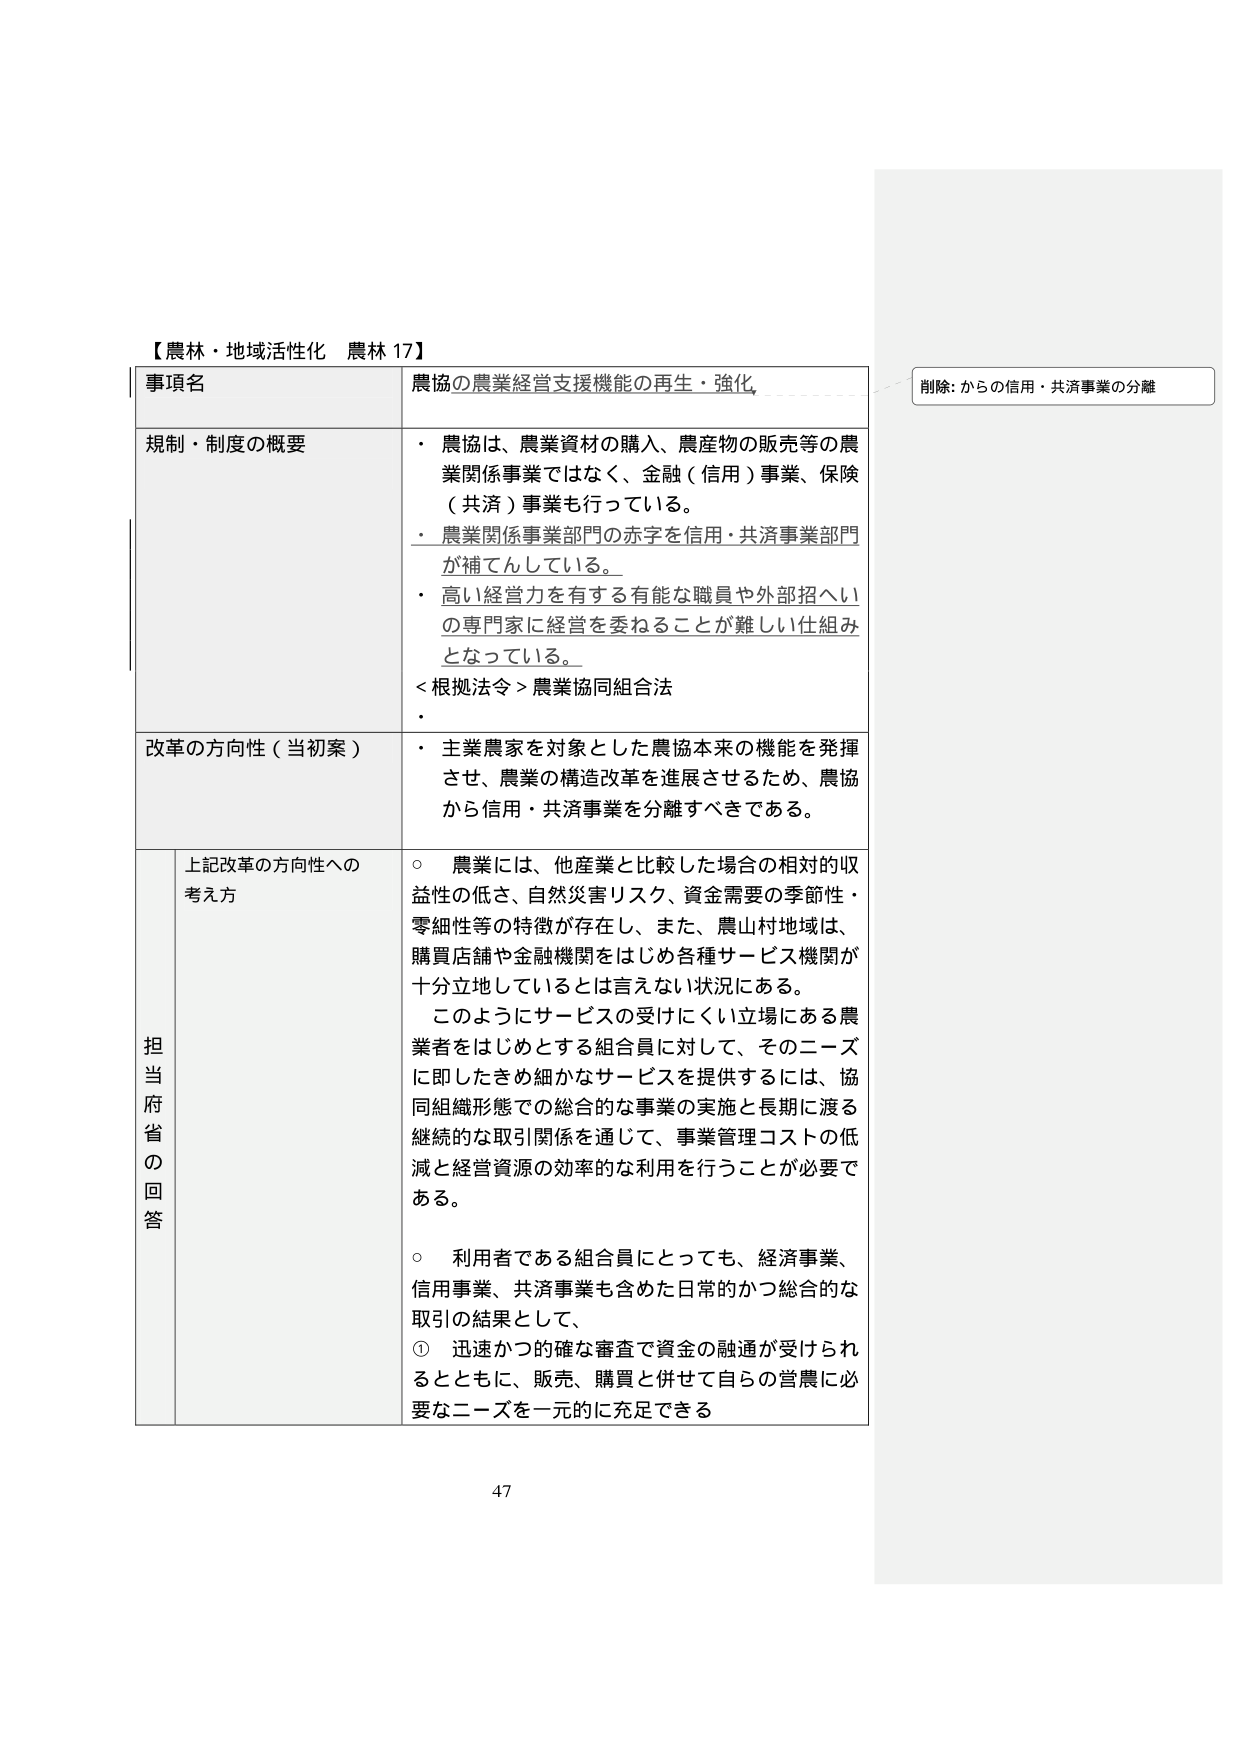
【農林・地域活性化 農林 17】

事項名
農協の農業経営支援機能の再生・強化

規制・制度の概要
・ 農協は、農業資材の購入、農産物の販売等の農業関係事業ではなく、金融（信用）事業、保険（共済）事業も行っている。
・ 農業関係事業部門の赤字を信用・共済事業部門が補てんしている。
・ 高い経営力を有する有能な職員や外部招へいの専門家に経営を委ねることが難しい仕組みとなっている。
＜根拠法令＞農業協同組合法

改革の方向性（当初案）
・ 主業農家を対象とした農協本来の機能を発揮させ、農業の構造改革を進展させるため、農協から信用・共済事業を分離すべきである。

担当府省の回答
上記改革の方向性への考え方
○ 農業には、他産業と比較した場合の相対的収益性の低さ、自然災害リスク、資金需要の季節性・零細性等の特徴が存在し、また、農山村地域は、購買店舗や金融機関をはじめ各種サービス機関が十分立地しているとは言えない状況にある。
このようなサービスの受けにくい立場にある農業者をはじめとする組合員に対して、そのニーズに即したきめ細かなサービスを提供するには、協同組織形態での総合的な事業の実施と長期に渡る継続的な取引関係を通じて、事業管理コストの低減と経営資源の効率的な利用を行うことが必要である。
○ 利用者である組合員にとっても、経済事業、信用事業、共済事業も含めた日常的かつ総合的な取引の結果として、
① 迅速かつ的確な審査で資金の融通が受けられるとともに、販売、購買と併せて自らの営農に必要なニーズを一元的に充足できる

削除: からの信用・共済事業の分離

47